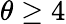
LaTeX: \theta\geq 4